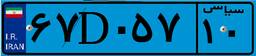
۵۱D۵۲۴۵۴